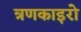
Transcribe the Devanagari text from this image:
त्रणकाइरो